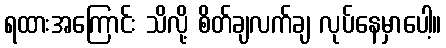
ရထားအကြောင်း သိလို့ စိတ်ချလက်ချ လုပ်နေမှာပေါ့။